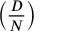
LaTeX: \left( { \frac { D } { N } } \right)